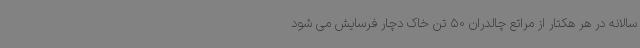
سالانه در هر هکتار از مراتع چالدران 50 تن خاک دچار فرسایش می شود